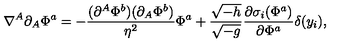
\nabla ^ { A } \partial _ { A } \Phi ^ { a } = - { \frac { ( \partial ^ { A } \Phi ^ { b } ) ( \partial _ { A } \Phi ^ { b } ) } { \eta ^ { 2 } } } \Phi ^ { a } + { \frac { \sqrt { - h } } { \sqrt { - g } } } { \frac { \partial \sigma _ { i } ( \Phi ^ { a } ) } { \partial \Phi ^ { a } } } \delta ( y _ { i } ) ,